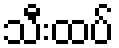
သီးထပ်